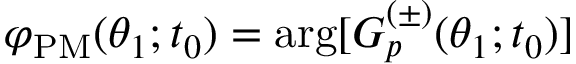
\varphi _ { \mathrm { P M } } ( \theta _ { 1 } ; t _ { 0 } ) = \arg [ G _ { p } ^ { ( \pm ) } ( \theta _ { 1 } ; t _ { 0 } ) ]